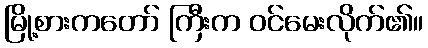
မြို့စားကတော် ကြီးက ဝင်မေးလိုက်၏။